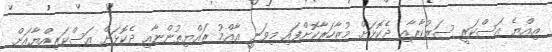
އިއްޔެ އަސްކަރީ ސަރުކާރާއި ދެކޮޅަށް މުޒާހަރާކޮށްފައި މިވަނީ އާއްމު ރައްޔިތުންނާއި ދެކޮޅަށް އަސްކަރިއްޔާއަށް